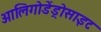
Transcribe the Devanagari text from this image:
आलिगोडेंड्रोसाइट